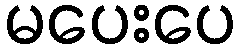
မပေးပေ